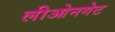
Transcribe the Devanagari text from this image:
लीओनगेट